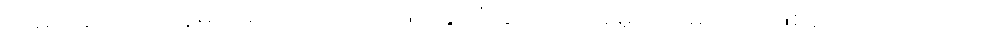
ထမ်းဆောင်ကြသူများမှာ အများအားဖြင့် နိုင်ငံခြားသား အမှုထမ်းများသာဖြစ်ကြောင်း အားလုံး